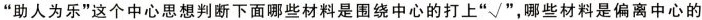
助人为乐”这个中心思想判断下面哪些材料是围绕中心的打上”√”，哪些材料是偏离中心的